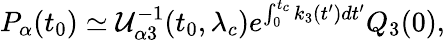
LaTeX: P_{\alpha}(t_{0})\simeq{\cal U}_{\alpha 3}^{-1}(t_{0},\lambda_{c})e^{\int_{0}^{t_{c}}k_{3}(t^{\prime})dt^{\prime}}Q_{3}(0),